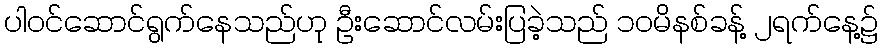
ပါဝင်ဆောင်ရွက်နေသည်ဟု ဦးဆောင်လမ်းပြခဲ့သည် ၁၀မိနစ်ခန့် ၂ရက်နေ့၌